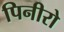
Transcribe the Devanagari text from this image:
पिनीरो